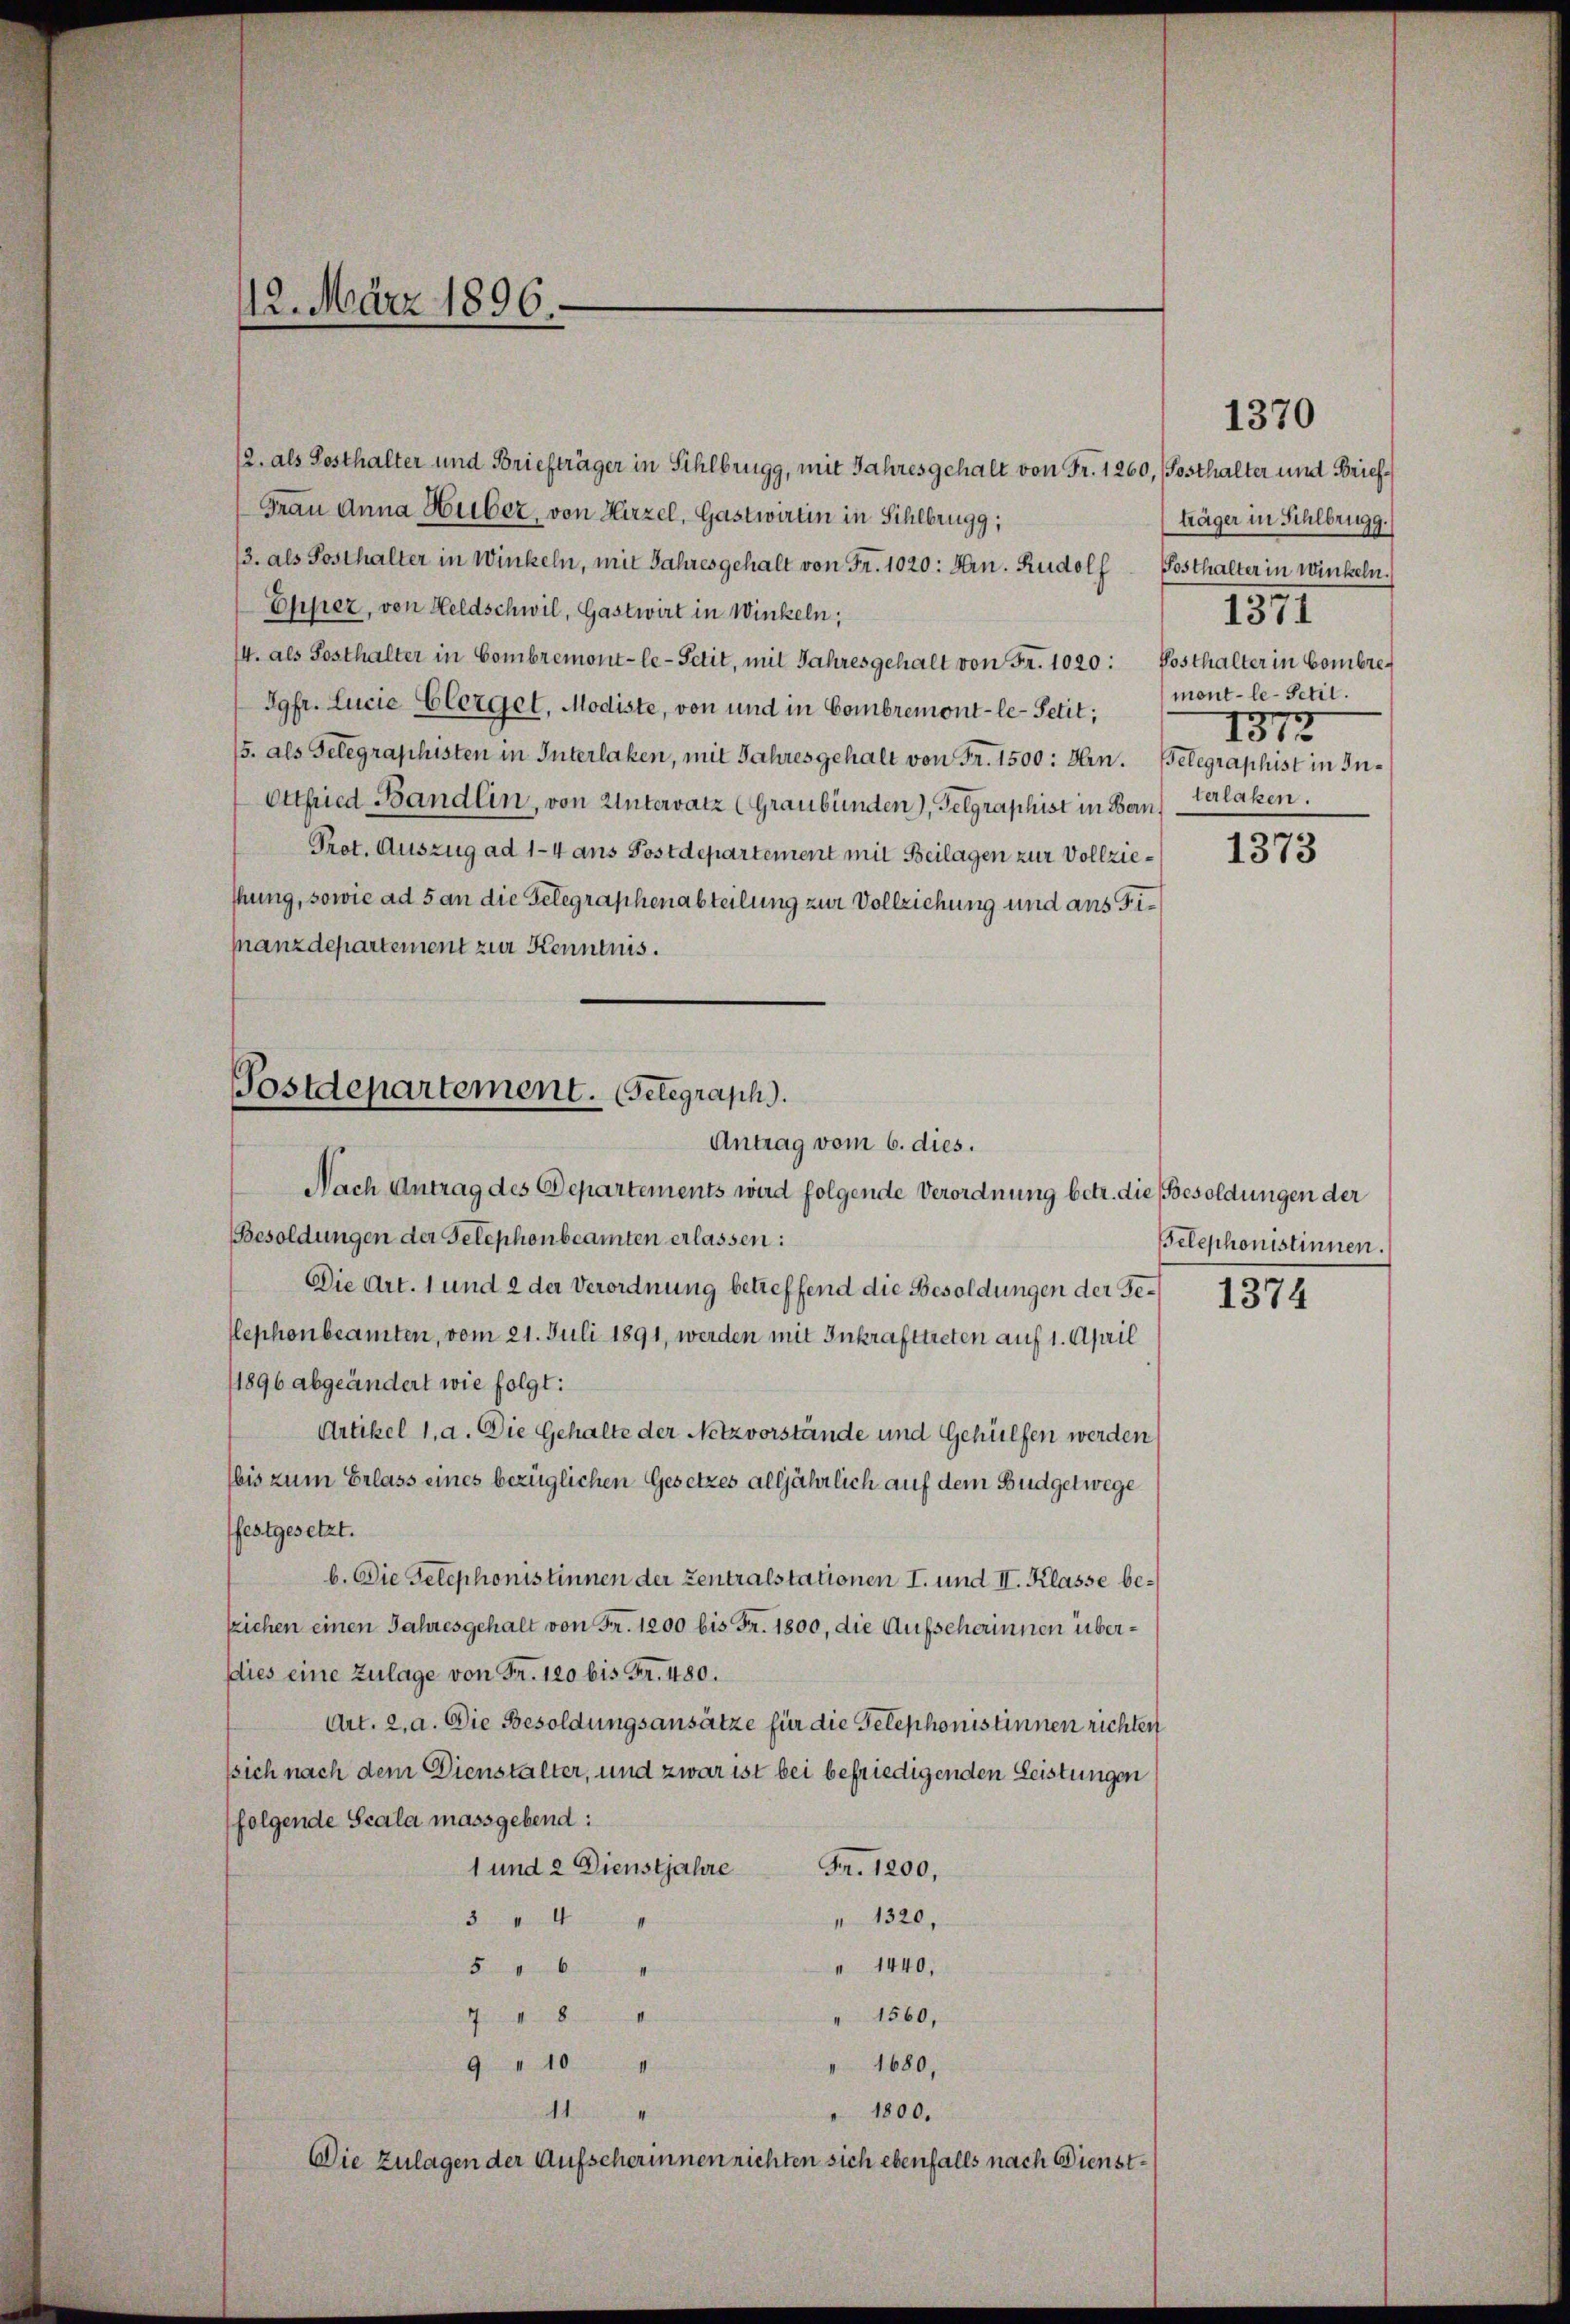
12. März 1896.

12. als Posthalter und Briefträger in Sihlbrugg, mit Jahresgehalt von Fr. 1260, (Posthalter und Brief¬
Frau Anna Huber, von Hirzel, Gastwirtin in Sihlbrugg,
/3. als Posthalter in Winkeln, mit Jahresgehalt von Fr. 1020: Hrn. Rudolf Posthalter in Winkeln.
Ehpez, von Heldschwil, Gastwirt in Winkeln;
14. als Posthalter in Combremont-le-Petit, mit Jahresgehalt von Fr. 1020: Posthalter in Combre¬
Jgfr. Lucie Elerget, Modiste, von und in Combremont-le-Petit;
/5. als Gelegraphisten in Interlaken, mit Jahres gehalt von Fr. 1500: Hrn. Gelegraphist in In¬
Ottfried Bändlin, von Untervatz (Graubünden), Gelgraphist in Bern, Verlaken.
Prot. Auszug ad 1-4 ans Postdepartement mit Beilagen zur Vollziethung, sowie ad 5 an die Telegraphenabteilung zur Vollziehung und aus Fimanzdepartement zur Kenntnis.

Postdepartement. (Setegraph.
Antrag vom 6. dies.

Nach Antrag des Departements wird folgende Verordnung betr. die Besoldungen der
Besoldungen der Telephonbeamten erlassen:
Die Art. 1 und 2 der Verordnung betreffend die Besoldungen der Geflephonbeamten, vom 21. Juli 1891, werden mit Inkrafttreten auf 1. April
1896 abgeändert wie folgt:
Artikel 1, a. Die Gehalte der Netzvorstände und Gehülfen werden
bis zum Erlass eines bezüglichen Gesetzes alljährlich auf dem Budget wege
festgesetzt.
b. Die Telephonistinnen der Zentralstationen I. und II. Klasse bekichen einen Jahresgehalt von Fr. 1200 bis Fr. 1800, die Aufscherinnen überdies eine Zulage von Fr. 120 bis Fr. 480.
Art. 2, a. Die Besoldungsansätze für die Telephonistinnen richten
ssich nach dem Dienstalter, und zwar ist bei befriedigenden Leistungen
folgende Scala massgebend:
1 und 2 Dienstjahre
Fr. 1200,
5 " 4 "
" 1320,
" 1440,
8 kein
" 1560,
Junke Vermitten
1680,
ke
9 " 10
A
" 1800.
Die Zulagen der Aufscherinnen richten sich ebenfalls nach Dienst¬

1370

träger in Sihlbrugg.
ment - le-Petit.
1872

1371

1373

Belephonistinnen.

1374